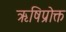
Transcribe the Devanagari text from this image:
ऋषिप्रोक्त